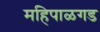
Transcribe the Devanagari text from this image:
महिपाळगड